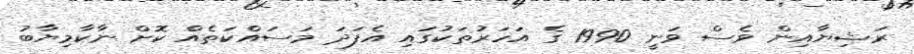
ރަޝިޔާއިން ވެސް ވަނީ 1990 ގެ އަހަރުތަކުގައި އެފަދަ މަސައްކަތެއް ކޮށް ނާކާމިޔާބު